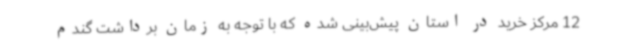
12 مرکز خرید در استان پیش‌بینی شده که با توجه به زمان برداشت گندم